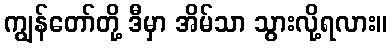
ကျွန်တော်တို့ ဒီမှာ အိမ်သာ သွားလို့ရလား။